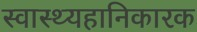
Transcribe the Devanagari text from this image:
स्वास्थ्यहानिकारक